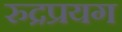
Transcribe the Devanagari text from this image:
रुद्रप्रयग